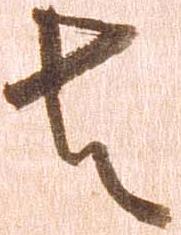
者